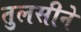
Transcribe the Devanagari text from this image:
तुलसीने